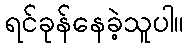
ရင်ခုန်နေခဲ့သူပါ။